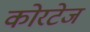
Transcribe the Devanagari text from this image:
कोरटेज